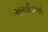
અમલીકરણો